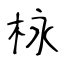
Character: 栐